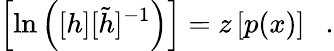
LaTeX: \left[\ln\left([h][\tilde{h}]^{-1}\right)\right]=z\left[p(x)\right]~~~.